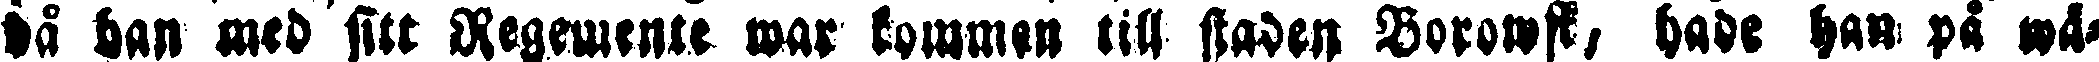
så han med sitt Regemente war kommen till staden Borowsk hade han på wä-